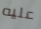
عليه